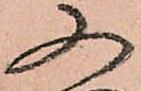
又